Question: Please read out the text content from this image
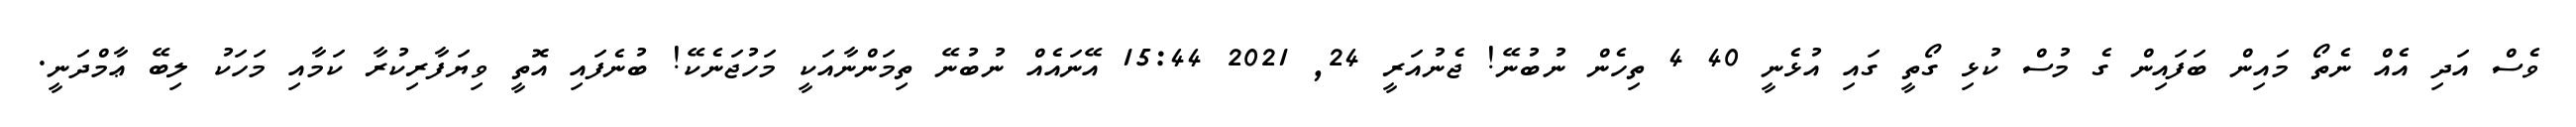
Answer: ވެސް އަދި އެއް ނެތޯ މައިން ބަފައިން ގެ މުސް ކުޅި ގޯތީ ގައި އުޅެނީ 40 4 ތިހެން ނުބުނޭ! ޖެނުއަރީ 24, 2021 15:44 އޭނައެއް ނުބުނޭ ތިމަންނާއަކީ މަހުޖަނެކޭ! ބުނެފައި އޮތީ ވިޔަފާރިކުރާ ކަމާއި މަހަކު ލިބޭ ޢާމްދަނީ.